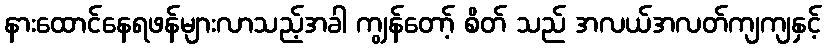
နားထောင်နေရဖန်များလာသည့်အခါ ကျွန်တော့် စိတ် သည် အလယ်အလတ်ကျကျနှင့်